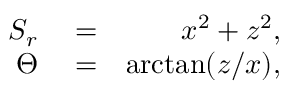
\begin{array} { r l r } { S _ { r } } & { { } = } & { x ^ { 2 } + z ^ { 2 } , } \\ { \Theta } & { { } = } & { \arctan ( z / x ) , } \end{array}